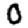
Digit: 0